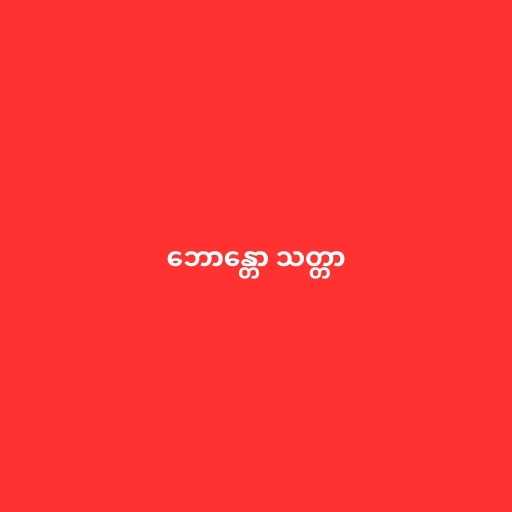
ဘောန္တော သတ္တာ